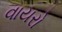
વાયરો